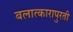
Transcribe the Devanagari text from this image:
बलात्कारापुरती